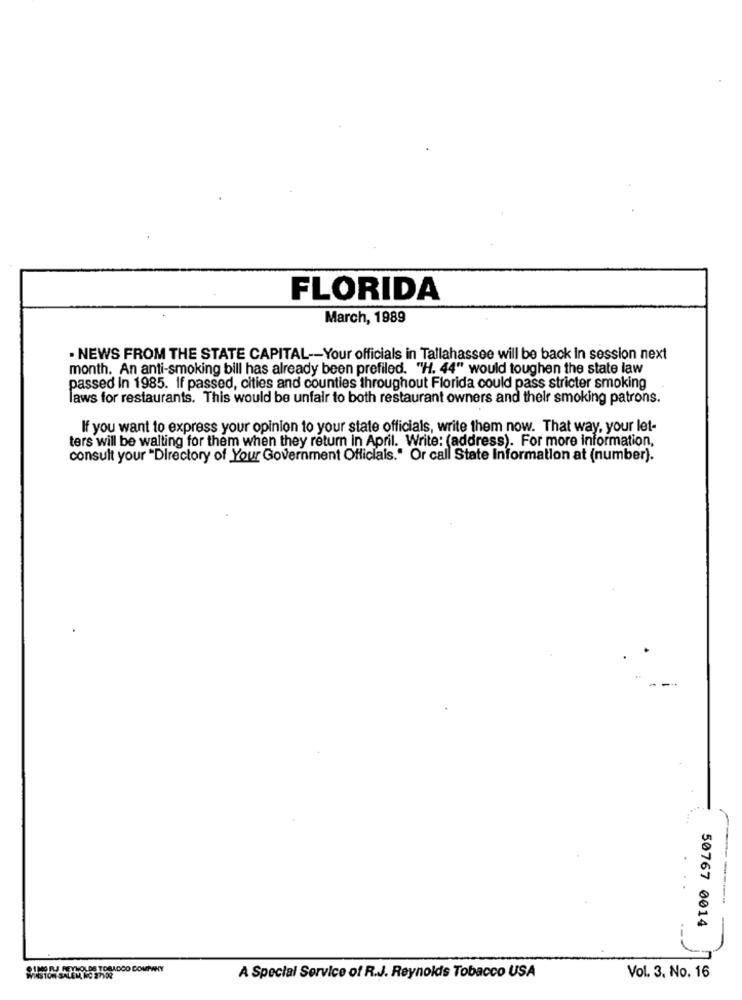
FLORIDA
March, 1989
· NEWS FROM THE STATE CAPITAL -- Your officials in Tallahassee will be back in session next
month. An anti-smoking bill has already been prefiled. "H. 44" would toughen the state law
passed In 1985. If passed, cities and counties throughout Florida could pass stricter smoking
laws for restaurants. This would be unfair to both restaurant owners and their smoking patrons.
If you want to express your opinion to your state officials, write them now. That way, your let-
ters will be walting for them when they return In April. Write: (address). For more information,
consult your "Directory of Your Government Officials." Or call State Information at (number).
.
50767 0014
A Special Service of R.J. Reynolds Tobacco USA
Vol. 3. No. 16